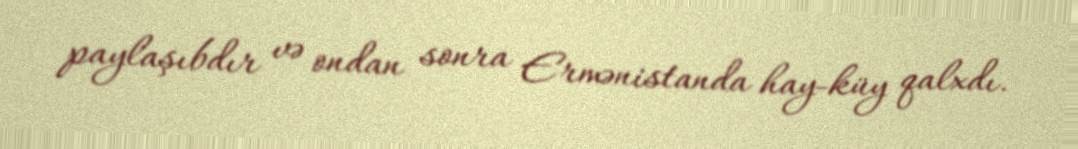
paylaşıbdır və ondan sonra Ermənistanda hay-küy qalxdı.